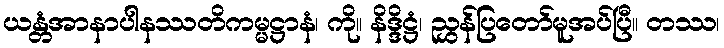
ယန္တံအာနာပါနဿတိကမ္မဋ္ဌာနံ၊ ကို။ နိဒ္ဒိဋ္ဌံ၊ ညွှန်ပြတော်မူအပ်ပြီ။ တဿ၊